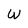
Character: W